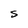
Character: S